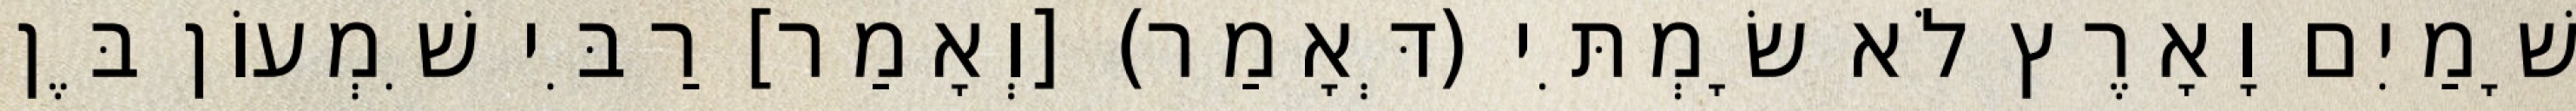
שָׁמַיִם וָאָרֶץ לֹא שָׂמְתִּי (דְּאָמַר) [וְאָמַר] רַבִּי שִׁמְעוֹן בֶּן